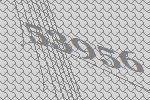
53956